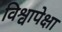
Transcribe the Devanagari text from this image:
विश्वापेक्षा